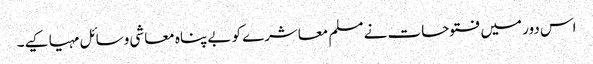
اس دور میں فتوحات نے مسلم معاشرے کو بے پناہ معاشی وسائل مہیا کیے۔